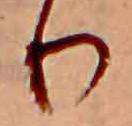
り